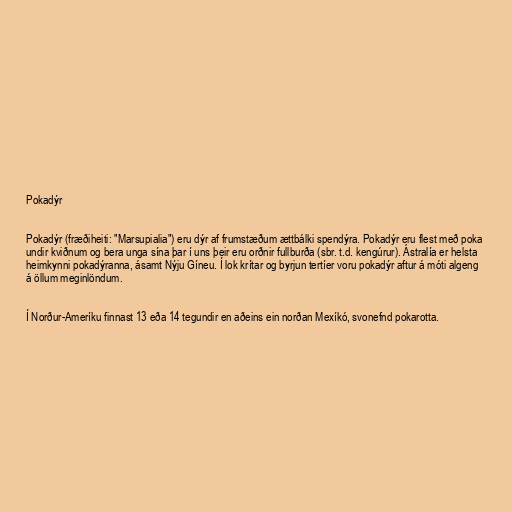
Pokadýr

Pokadýr (fræðiheiti: "Marsupialia") eru dýr af frumstæðum ættbálki spendýra. Pokadýr eru flest með poka
undir kviðnum og bera unga sína þar í uns þeir eru orðnir fullburða (sbr. t.d. kengúrur). Ástralía er helsta
heimkynni pokadýranna, ásamt Nýju Gíneu. Í lok krítar og byrjun tertíer voru pokadýr aftur á móti algeng
á öllum meginlöndum.

Í Norður-Ameríku finnast 13 eða 14 tegundir en aðeins ein norðan Mexíkó, svonefnd pokarotta.